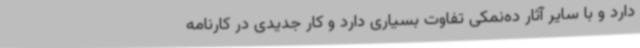
دارد و با سایر آثار ده‌نمکی تفاوت بسیاری دارد و کار جدیدی در کارنامه